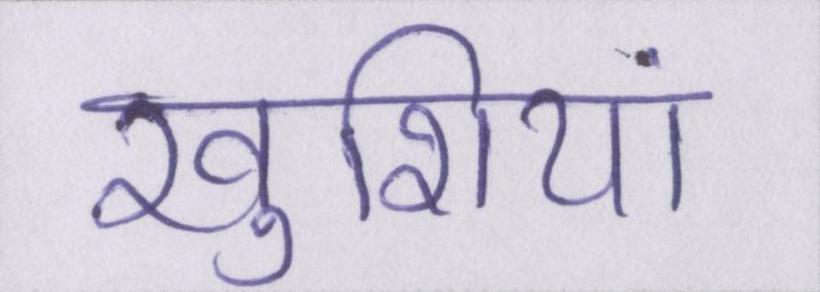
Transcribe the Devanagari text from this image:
खुशियां